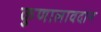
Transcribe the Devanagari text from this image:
कुणालावदान